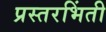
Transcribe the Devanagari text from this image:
प्रस्तरभिंती